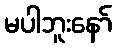
မပါဘူးနော်